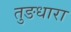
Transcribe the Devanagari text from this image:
तुङधारा